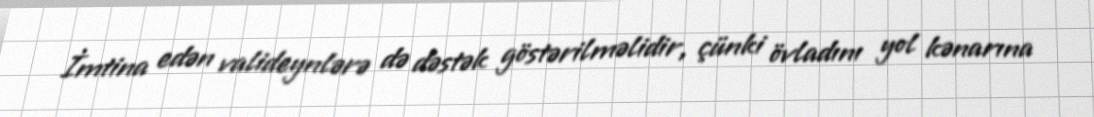
İmtina edən valideynlərə də dəstək göstərilməlidir, çünki övladını yol kənarına